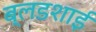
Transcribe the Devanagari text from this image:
ब्लडशाई